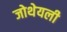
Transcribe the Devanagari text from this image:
जोथेयली